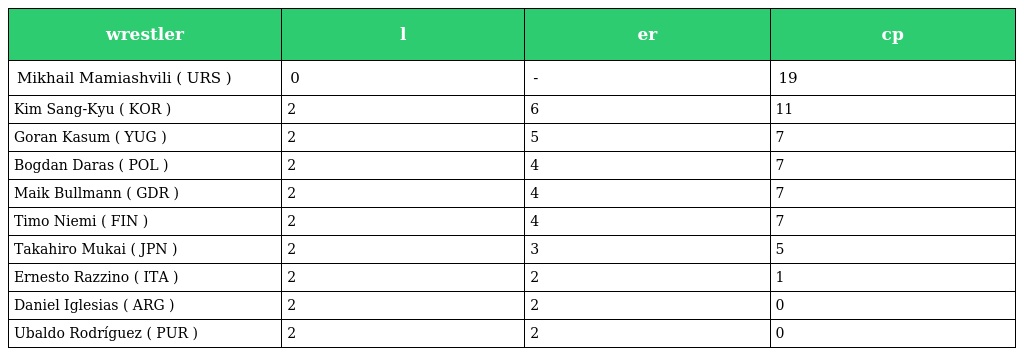
| wrestler | l | er | cp |
 | --- | --- | --- | --- |
 | Mikhail Mamiashvili ( URS ) | 0 | - | 19 |
 | Kim Sang-Kyu ( KOR ) | 2 | 6 | 11 |
 | Goran Kasum ( YUG ) | 2 | 5 | 7 |
 | Bogdan Daras ( POL ) | 2 | 4 | 7 |
 | Maik Bullmann ( GDR ) | 2 | 4 | 7 |
 | Timo Niemi ( FIN ) | 2 | 4 | 7 |
 | Takahiro Mukai ( JPN ) | 2 | 3 | 5 |
 | Ernesto Razzino ( ITA ) | 2 | 2 | 1 |
 | Daniel Iglesias ( ARG ) | 2 | 2 | 0 |
 | Ubaldo Rodríguez ( PUR ) | 2 | 2 | 0 |